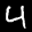
Label: 4